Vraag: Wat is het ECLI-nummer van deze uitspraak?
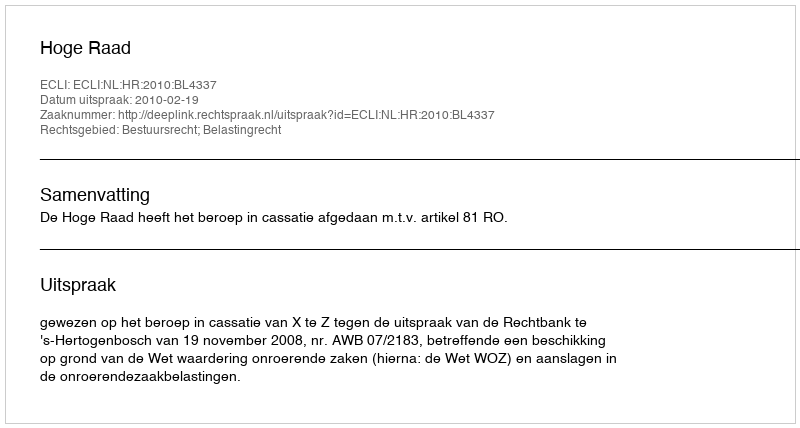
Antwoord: ECLI:NL:HR:2010:BL4337